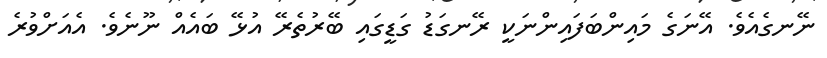
ނޭނގެއެވެ. އޭނަގެ މައިންބަފައިންނަކީ ރޭނގަޑު ގަޑީގައި ބޭރުތެރޭ އުޅޭ ބައެއް ނޫނެވެ. އެއަށްވުރެ